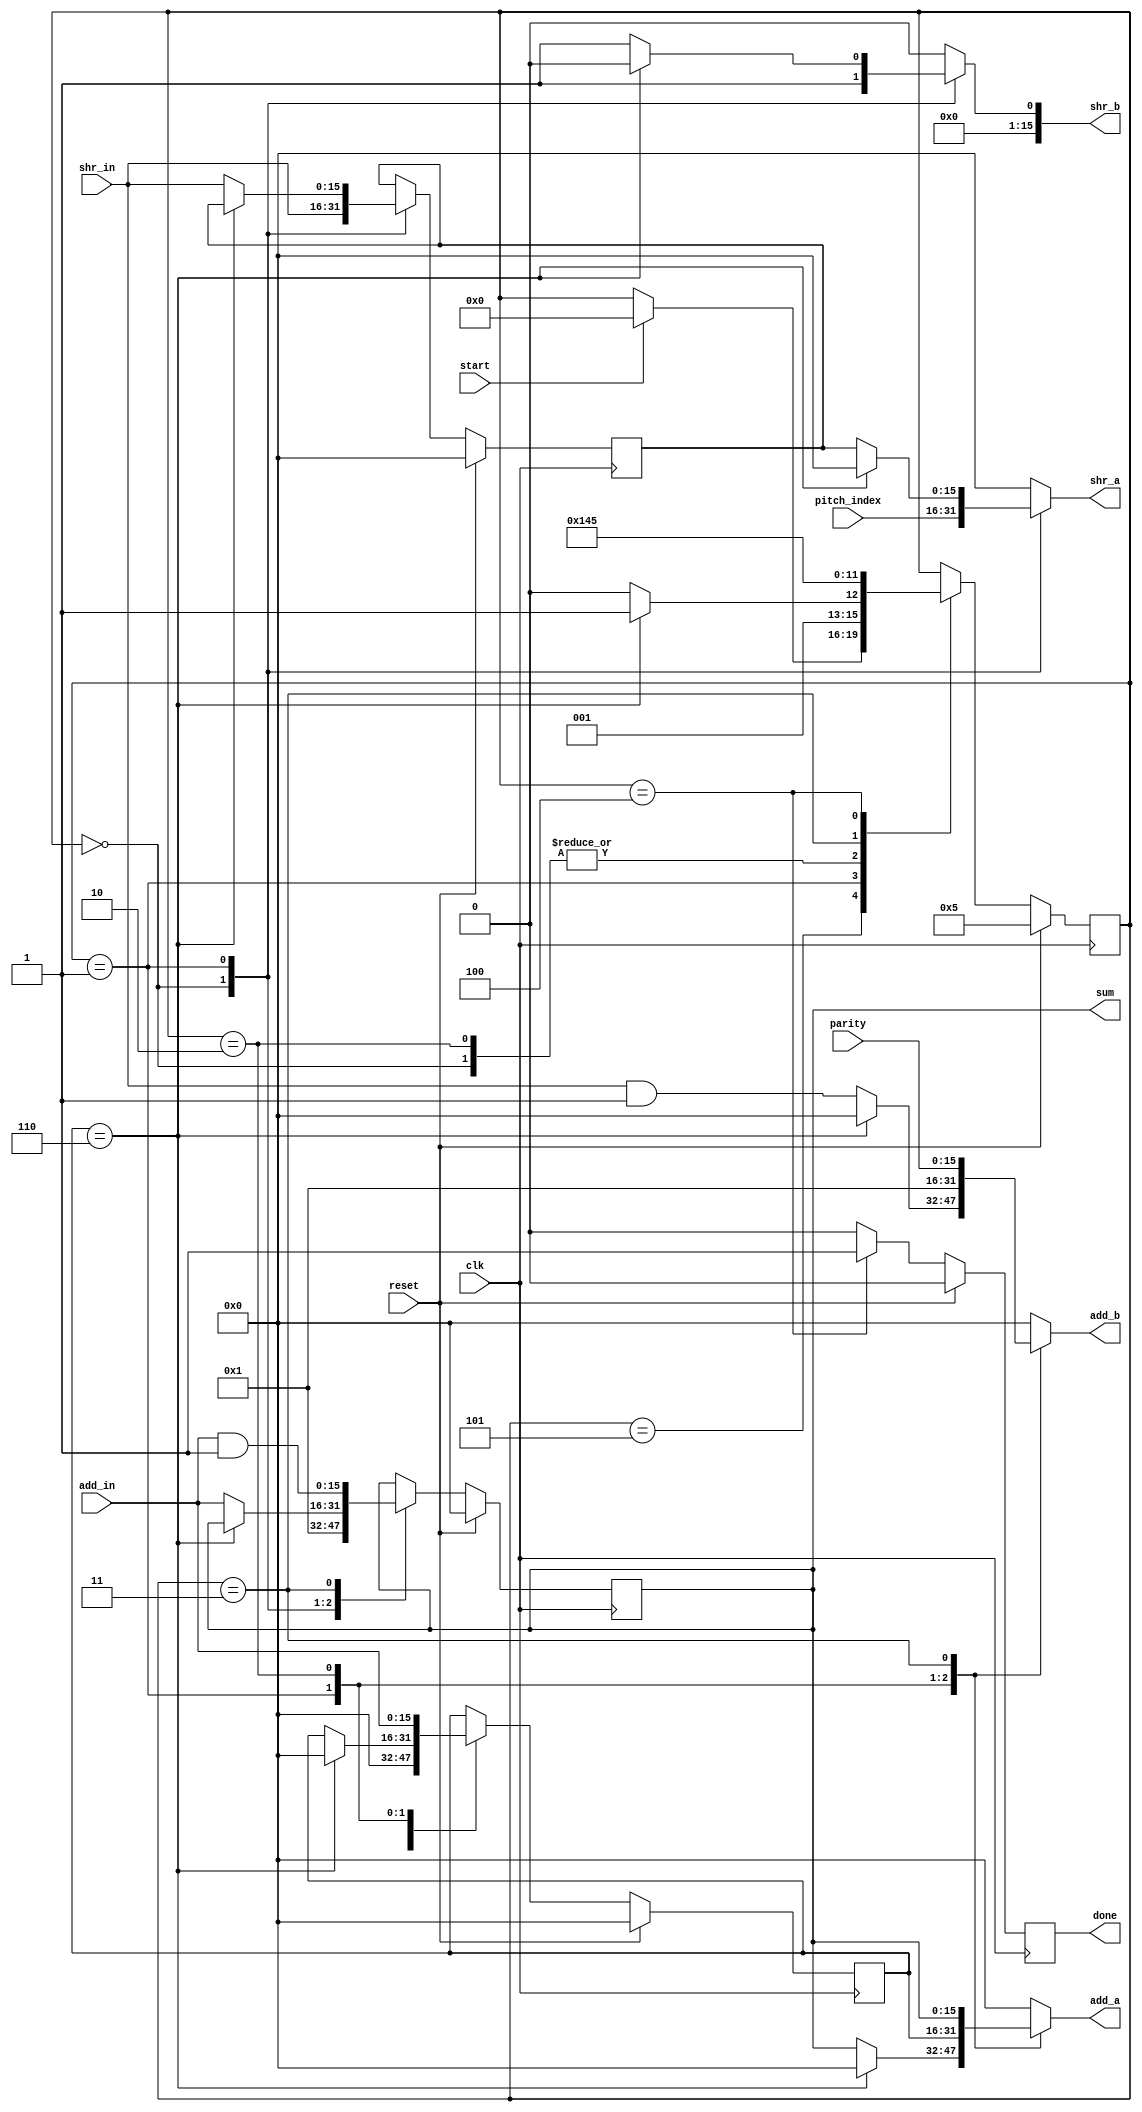
`timescale 1ns / 1ps
//////////////////////////////////////////////////////////////////////////////////
// Company: 
// Engineer: 
// 
// Design Name: 
// Module Name:    CheckPartityPitch 
// Project Name: 
// Target Devices: 
// Tool versions: 
// Description: 
//
// Dependencies: 
//
// Revision: 
// Revision 0.01 - File Created
// Additional Comments: 
//
//////////////////////////////////////////////////////////////////////////////////
module CheckParityPitch(clk, start, reset, done, pitch_index, parity, sum, add_a, add_b, add_in, shr_a, shr_b, shr_in
    );

input clk, start, reset;
input [15:0] pitch_index, parity;
input [15:0] shr_in, add_in;

output reg done;
output reg [15:0] sum;
output reg [15:0] shr_a, shr_b, add_a, add_b;

reg next_done;
reg [3:0] state, nextstate;
reg [15:0] next_sum;
reg [15:0] temp, next_temp;
reg [15:0] i, nexti;

parameter S0 = 0;
parameter S1 = 1;
parameter S2 = 2;
parameter S3 = 3;
parameter S4 = 4;
parameter INIT = 5;


//Changing States/variables/signals from the States on clk edges
//counter
always @(posedge clk)
		begin
			if(reset)
				i <= 0;
			else
				i <= nexti;
		end

//State
always @(posedge clk)
		begin
			if (reset)
				 state <= INIT;
			else
				 state <= nextstate;
		 end

	always @(posedge clk)
		begin
			if(reset)
				temp <= 0;
			else
				temp <= next_temp;
		end

//Sum
always @(posedge clk)
		begin
			if(reset)
				sum <= 0;
			else
				sum <= next_sum;
		end

//Done signal
always @(posedge clk)
		begin
			if(reset)
				done <= 0;
			else
				done <= next_done;
		end

always @(*)
begin
	nextstate = state;
	nexti = i;
	next_temp = temp;
	next_done = 0;
	next_sum = sum;
	add_a = 'd0;
	add_b = 'd0;
	shr_a = 'd0;
	shr_b = 'd0;
	
	case(state)
		INIT:
		begin
			if(start)
				nextstate = S0;
		end
		S0:
		begin
			//Temp = shr(pitch_index,1)
			shr_a = pitch_index;
			shr_b = 'd1;
			next_temp = shr_in;
			next_sum = 'd1;
			nexti = 'd0;
			nextstate = S1;
		end
		S1:
		begin
			//for loop
			//temp = shr(temp, 1)
			//bit = temp & (word16)
			//sum = add(sum, bit)
			if(i == 6)
			begin
				nexti = 'd0;
				nextstate = S3;
			end
			else
			begin
				shr_a = temp;
				shr_b = 'd1;
				next_temp = shr_in;
				add_a = sum;
				add_b = (shr_in & 16'd1);
				next_sum = add_in;
				nextstate = S2;
			end
		end
		S2:
		begin
			//increment for loop
			add_a = i;
			add_b = 'd1;
			nexti = add_in;
			nextstate = S1;		
		end
		S3:
		begin
			//sum = add(sum, parity);
			//sum = sum & (Word16)1;
			add_a = sum;
			add_b = parity;
			next_sum = (add_in & 16'd1);
			nextstate = S4;
		end
		S4:
		begin
			//done
			next_done = 'd1;
			nextstate = INIT;
		end
	endcase

end

endmodule